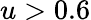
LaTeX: u>0.6